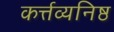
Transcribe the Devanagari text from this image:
कर्त्तव्यनिष्ठ